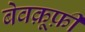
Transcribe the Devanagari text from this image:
बेवक़ूफ़ी